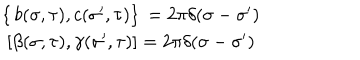
LaTeX: \begin{array} { c c } { { \left\{ \, b ( \sigma , \tau ) , c ( { \sigma } ^ { \prime } , \tau ) \right\} \, = 2 \pi \delta ( \sigma - { \sigma } ^ { \prime } ) } } & { { } } \\ { { \left[ \beta ( \sigma , \tau ) , \gamma ( { \sigma } ^ { \prime } , \tau ) \right] = 2 \pi \delta ( \sigma - { \sigma } ^ { \prime } ) } } & { { } } \\ \end{array}